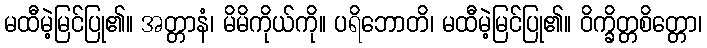
မထီမဲ့မြင်ပြု၏။ အတ္တာနံ၊ မိမိကိုယ်ကို။ ပရိဘောတိ၊ မထီမဲ့မြင်ပြု၏။ ဝိက္ခိတ္တစိတ္တော၊